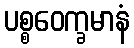
ပစ္စဝေက္ခမာနံ